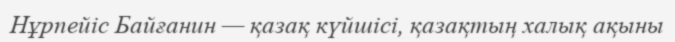
Нұрпейіс Байғанин — қазақ күйшісі, қазақтың халық ақыны